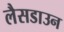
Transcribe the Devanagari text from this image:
लैसडाउन